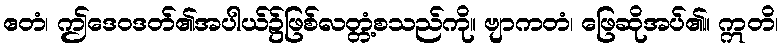
ဧတံ၊ ဤဒေဝဒတ်၏အပါယ်၌ဖြစ်လတ္တံ့စသည်ကို။ ဗျာကတံ၊ ဖြေဆိုအပ်၏။ ဣတိ၊